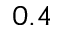
0 . 4